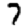
Digit: 7